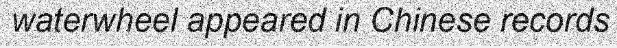
waterwheel appeared in Chinese records